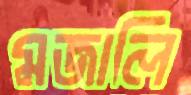
মজালি